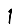
Digit: 1